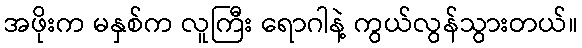
အဖိုးက မနှစ်က လူကြီး ရောဂါနဲ့ ကွယ်လွန်သွားတယ်။